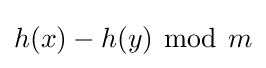
h(x)-h(y)~{\bmod {~}}m